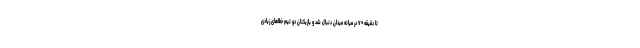
تا دقیقه ۷۰ در میانه میدان دنبال شد و بازیکنان دو تیم خطاهای زیادی